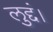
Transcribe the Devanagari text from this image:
लुद्दं।